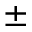
\pm